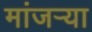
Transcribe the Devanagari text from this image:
मांजर्‍या